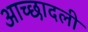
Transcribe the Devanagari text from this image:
आच्छादली